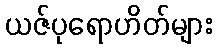
ယဇ်ပုရောဟိတ်များ